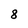
Character: 8